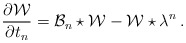
\begin{align*}{\partial {\cal W} \over\partial t_n} = {\cal B}_n \star {\cal W} -{\cal W} \star \lambda^n\,.\end{align*}